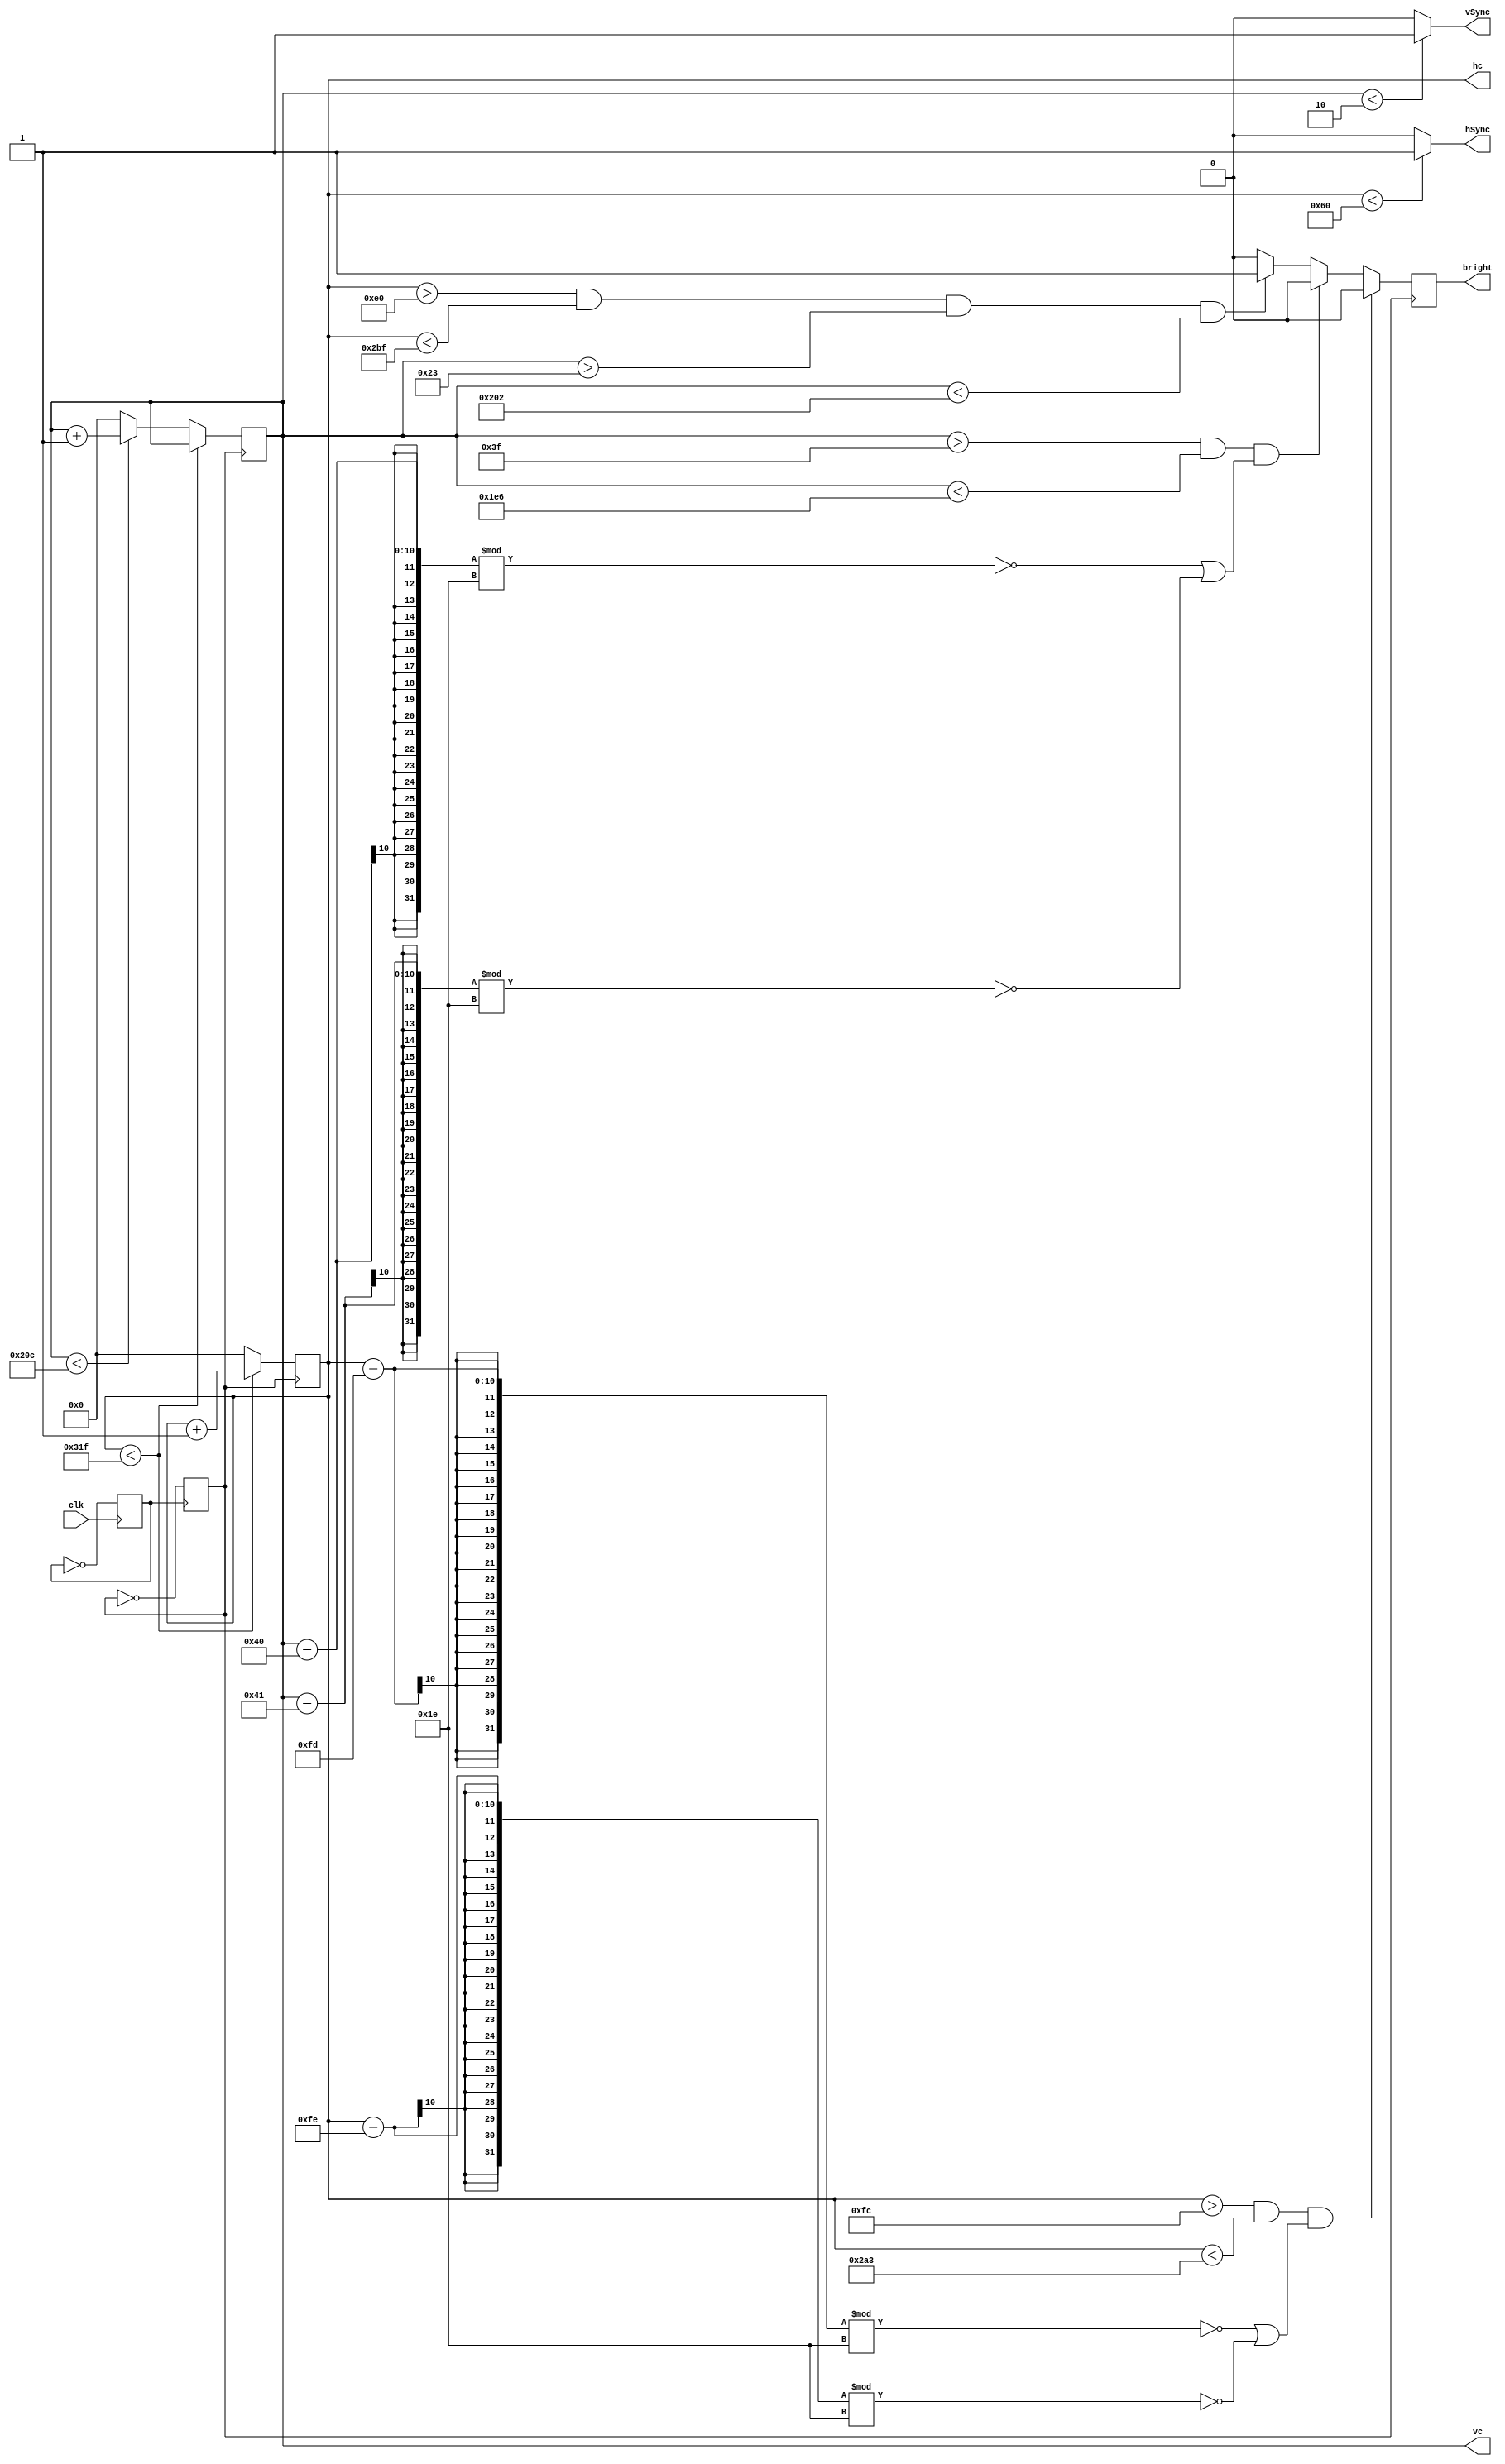
`timescale 1ns / 1ps

module display_controller
	(
	input clk,
	output hSync, vSync,
	output reg bright,
	output reg[9:0] hc, 
	output reg [9:0] vc
	);
	
	reg pulse;
	reg clk25;

	initial begin
		clk25 = 0;
		pulse = 0;
	end
	
	always @(posedge clk)
		pulse = ~pulse;

	always @(posedge pulse)
		clk25 = ~clk25;
		
	always @ (posedge clk25) begin
		if (hc < 799)
			hc <= hc + 1;
		else if (vc < 524) begin
			hc <= 0;
			vc <= vc + 1;
		end else begin
			hc <= 0;
			vc <= 0;
		end
	end

	assign hSync = (hc < 96) ? 1:0;
	assign vSync = (vc < 2) ? 1:0;
		
	always @(posedge clk25) begin
		if ((hc > 252 && hc < 675) && ((hc - 253) % 30 == 0 || (hc - 254) % 30 == 0))
		  bright <= 0;
		else if ((vc > 63 && vc < 486) && ((vc - 64) % 30 == 0 || (vc - 65) % 30 == 0))
		  bright <= 0;
	    else if(hc > 224 && hc < 703 && vc > 35 && vc < 514)
		  bright <= 1;
		else
		  bright <= 0;
	end	
endmodule